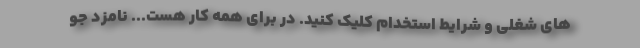
های شغلی و شرایط استخدام کلیک کنید. در برای همه کار هست... نامزد جو